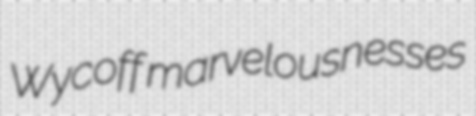
Wycoff marvelousnesses